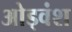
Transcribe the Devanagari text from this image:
ओड्वंश